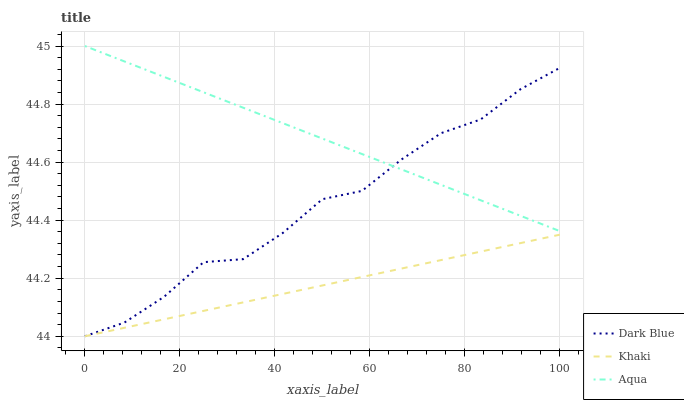
| xaxis_label | Dark Blue | Khaki | Aqua |
 | --- | --- | --- | --- |
 | 0 | 44 | 44 | 45 |
 | 8.33 | 44 | 44 | 44.9 |
 | 16.7 | 44.1 | 44.1 | 44.9 |
 | 25 | 44.3 | 44.1 | 44.8 |
 | 33.3 | 44.3 | 44.1 | 44.8 |
 | 41.7 | 44.4 | 44.1 | 44.7 |
 | 50 | 44.5 | 44.2 | 44.7 |
 | 58.3 | 44.5 | 44.2 | 44.6 |
 | 66.7 | 44.6 | 44.2 | 44.6 |
 | 75 | 44.7 | 44.3 | 44.5 |
 | 83.3 | 44.7 | 44.3 | 44.5 |
 | 91.7 | 44.9 | 44.3 | 44.4 |
 | 100 | 44.9 | 44.3 | 44.4 |